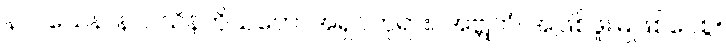
နာဂသေန၊ နာဂသိန်ကိုယ်တော်အရှင်ဘုရား။ အဗ္ဘုတံ၊ အဖြစ်ဖူးမြဲဖြစ်ပေစွ။